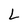
Character: L